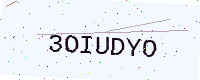
Text: 3OIUDYO